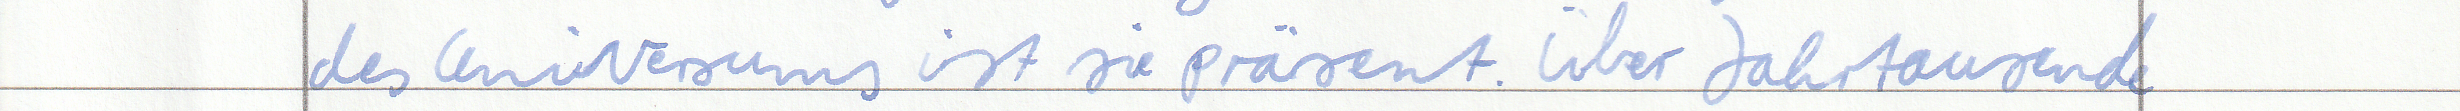
des Universums ist sie präsent. Über Jahrtausende